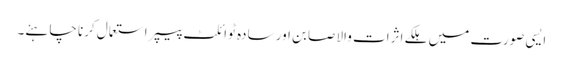
ایسی صورت میں ہلکے اثرات والا صابن اور سادہ ٹوائلٹ پیپر استعمال کرنا چاہئے۔